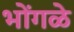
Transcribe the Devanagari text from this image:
भोंगळे